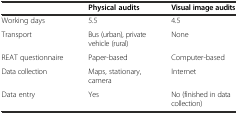
<table><thead><tr><td></td><td><b>Physical audits</b></td><td><b>Visual image audits</b></td></tr></thead><tbody><tr><td>Working days</td><td>5.5</td><td>4.5</td></tr><tr><td>Transport</td><td>Bus (urban), private vehicle (rural)</td><td>None</td></tr><tr><td>REAT questionnaire</td><td>Paper-based</td><td>Computer-based</td></tr><tr><td>Data collection</td><td>Maps, stationary, camera</td><td>Internet</td></tr><tr><td>Data entry</td><td>Yes</td><td>No (finished in data collection)</td></tr></tbody></table>